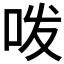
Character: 𭇜